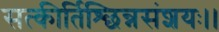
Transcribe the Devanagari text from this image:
सत्कीर्तिश्छिन्नसंशयः।।